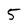
Character: 5